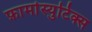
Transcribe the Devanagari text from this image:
फ़ार्मास्युटिक्स